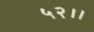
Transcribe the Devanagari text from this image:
५२।।